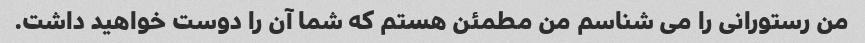
من رستورانی را می شناسم من مطمئن هستم که شما آن را دوست خواهید داشت.